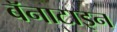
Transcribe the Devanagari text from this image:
बॅनाटाइन